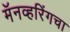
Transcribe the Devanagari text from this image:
मॅनव्हरिंगचा